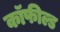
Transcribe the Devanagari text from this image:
कॉफील्ड